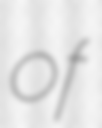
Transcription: of